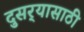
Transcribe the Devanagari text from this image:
दुसर्‍यासाठी